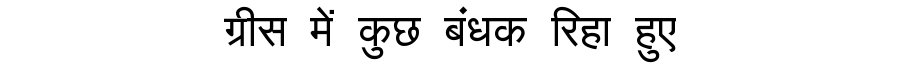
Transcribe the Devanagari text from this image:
ग्रीस में कुछ बंधक रिहा हुए